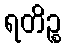
ရတိဉ္စ